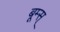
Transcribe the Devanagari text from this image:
बूम्स्